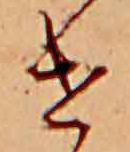
け